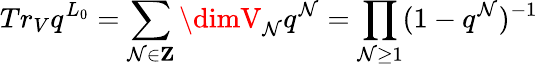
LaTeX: Tr_{V}q^{L_{0}}=\sum_{\mathcal{N}\in\mathbf{{Z}}}\dimV_{\mathcal{N}}q^{\mathcal{N}}=\prod_{\mathcal{N}\geq1}(1-q^{\mathcal{N}})^{-1}